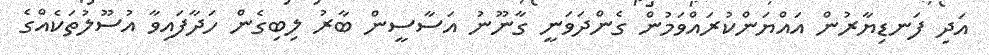
އަދި ފަނޑިޔާރުން އައްޔަންކުރައްވަމުން ގެންދަވަނީ ގާނޫނު އަސާސީން ބާރު ލިބިގެން ހަދާފައިވާ އުސޫލުތަކެއްގެ